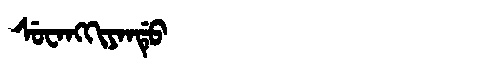
Manchu: ᠰᡠᠸᠠᠩᡴᡳᠶᠠᠨᡩᡠ
Romanization: SUWANGKIYANDU